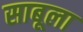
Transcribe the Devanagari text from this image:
साबूला